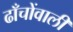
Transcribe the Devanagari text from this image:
ढाँचोंवाली